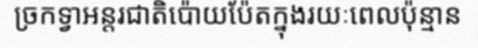
ច្រកទ្វាអន្តរជាតិប៉ោយប៉ែតក្នុងរយៈពេលប៉ុន្មាន